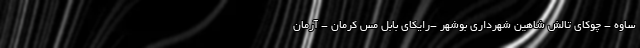
ساوه - چوکای تالش شاهین شهرداری بوشهر -رایکای بابل مس کرمان - آرمان